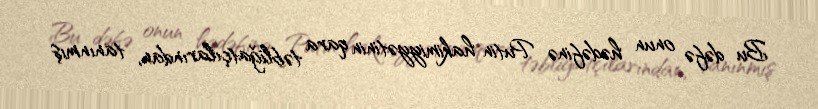
Bu dəfə onun hədəfinə Putin hakimiyyətinin qara təbliğatçılarından, tanınmış